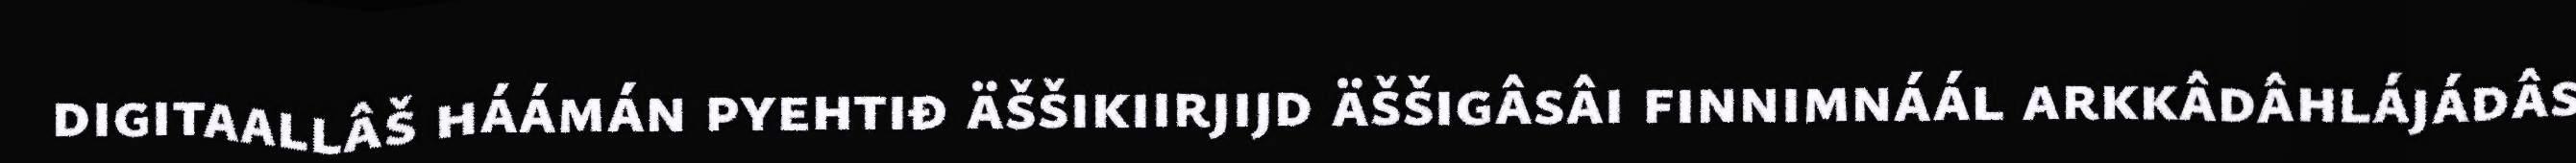
digitaallâš háámán pyehtiđ äššikiirjijd äššigâsâi finnimnáál arkkâdâhlájádâs